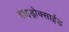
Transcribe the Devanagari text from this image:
हाइड्रोक्साईड